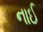
નાઈ